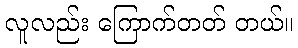
လူလည်း ကြောက်တတ် တယ်။